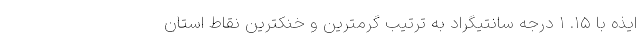
ایذه با ۱۵. ۱ درجه سانتیگراد به ترتیب گرمترین و خنکترین نقاط استان